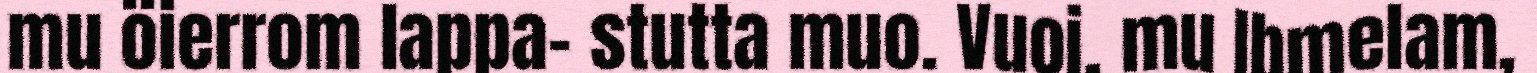
mu öierrom lappa- stutta muo. Vuoi, mu Ibmelam,